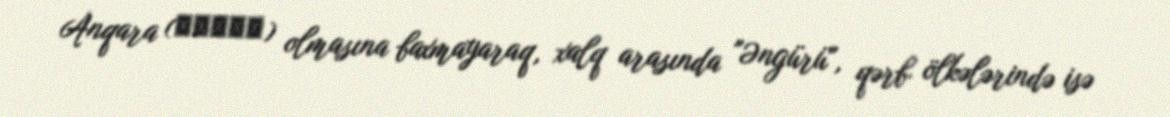
Anqara (آنقره) olmasına baxmayaraq, xalq arasında "Əngürü", qərb ölkələrində isə